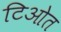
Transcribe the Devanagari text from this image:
टिओत